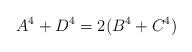
LaTeX: \begin{align*}A^4+D^4=2(B^4+C^4)\end{align*}